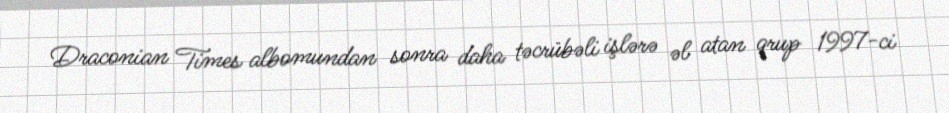
Draconian Times albomundan sonra daha təcrübəli işlərə əl atan qrup 1997-ci